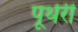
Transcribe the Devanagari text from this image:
पूथेरी